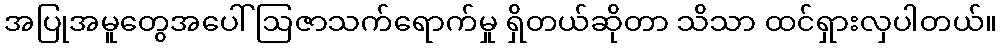
အပြုအမူတွေအပေါ် ဩဇာသက်ရောက်မှု ရှိတယ်ဆိုတာ သိသာ ထင်ရှားလှပါတယ်။